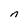
Character: n